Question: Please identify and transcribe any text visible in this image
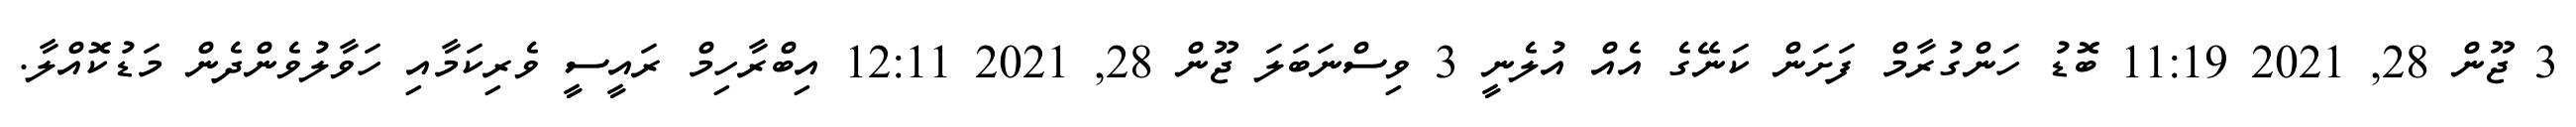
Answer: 3 ޖޫން 28, 2021 11:19 ބޮޑު ހަންގުރާމް ފަށަން ކަނޭގެ އެއް އުލެނީ 3 ވިސްނަބަލަ ޖޫން 28, 2021 12:11 އިބްރާހިމް ރައީސީ ވެރިކަމާއި ހަވާލުވެންދެން މަޑުކޮއްލާ.